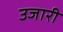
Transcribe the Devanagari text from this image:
उजारी